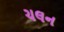
ચલન